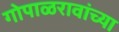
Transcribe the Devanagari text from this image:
गोपाळरावांच्या